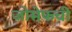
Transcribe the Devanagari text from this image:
जोसेफची